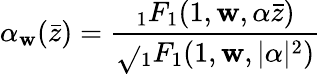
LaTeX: \alpha_{\mathbf{w}}(\bar{{z}})=\frac{{{}_{1}F_{1}(1,\mathbf{w},\alpha\bar{{z}})}}{{\sqrt{}{{{}_{1}F_{1}(1,\mathbf{w},\vert\alpha\vert^{2})}}}}